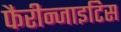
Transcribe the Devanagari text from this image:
फैरीन्जाइटिस